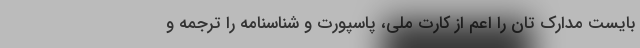
بایست مدارک تان را اعم از کارت ملی، پاسپورت و شناسنامه را ترجمه و